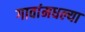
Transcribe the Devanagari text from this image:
गावांमधल्या